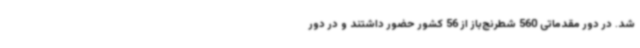
شد. در دور مقدماتی 560 شطرنج‌باز از 56 کشور حضور داشتند و در دور